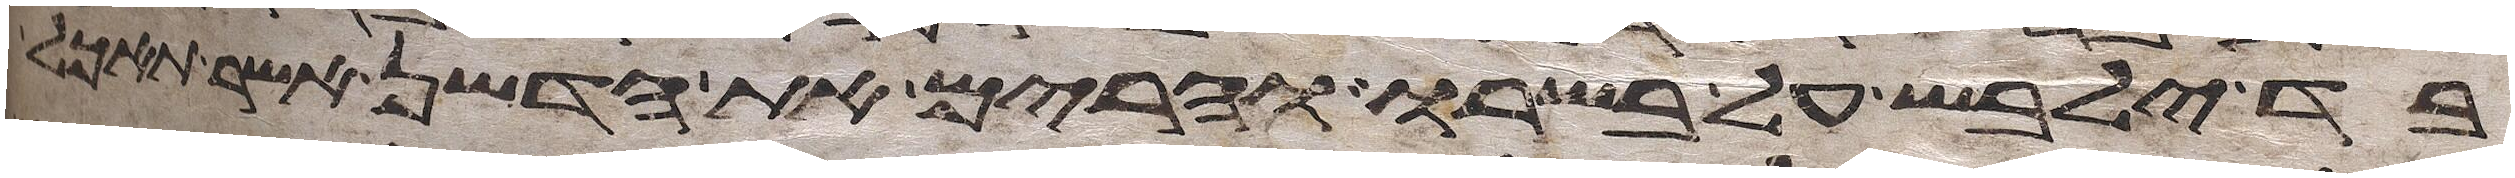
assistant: בד ילבש על בשרו והרים את הדשן אשר תאכל